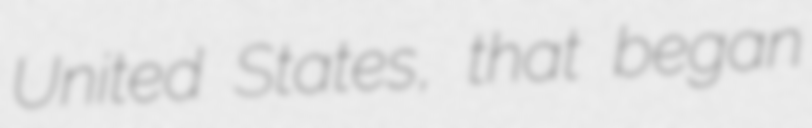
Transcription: United States, that began